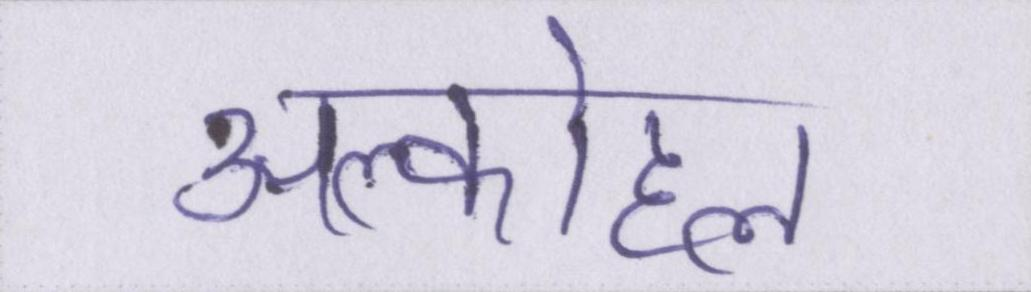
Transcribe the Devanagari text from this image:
अल्कोहल